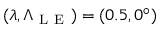
( \lambda , \Lambda _ { \mathrm { ~ L ~ E ~ } } ) = ( 0 . 5 , 0 ^ { \circ } )